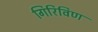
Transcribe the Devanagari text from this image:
गिरिविण